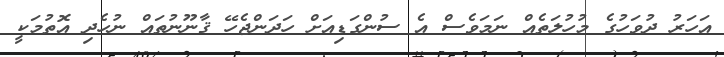
އަހަރު ދުވަހުގެ މުހުލަތެއް ނަމަވެސް އެ ސުންގަޑިއަށް ހަދަންޖެހޭ ޤާނޫނުތައް ނުހެދި އޮތުމަކީ